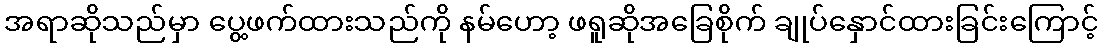
အရာဆိုသည်မှာ ပွေ့ဖက်ထားသည်ကို နမ်ဟော့ ဖရူဆိုအခြေစိုက် ချုပ်နှောင်ထားခြင်းကြောင့်